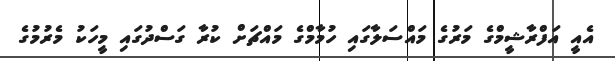
އެއީ އަފްރާޝީމްގެ މަރުގެ މައްސަލާގައި ހުމާމްގެ މައްޗަށް ކުރާ ގަސްދުގައި މީހަކު މެރުމުގެ